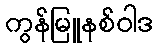
ကွန်မြူနစ်ဝါဒ